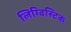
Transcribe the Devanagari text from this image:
लिग्विस्टिक